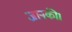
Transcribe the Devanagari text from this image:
जानकी।